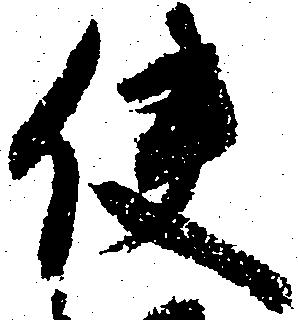
使